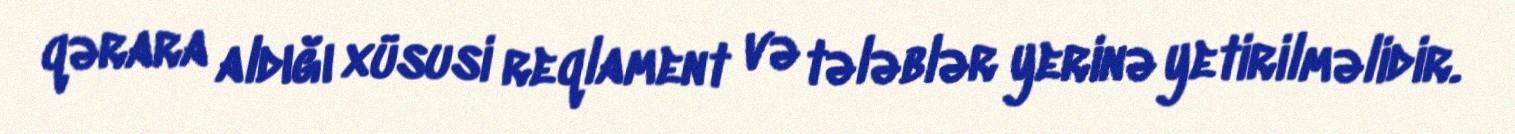
qərara aldığı xüsusi reqlament və tələblər yerinə yetirilməlidir.